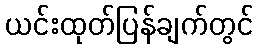
ယင်းထုတ်ပြန်ချက်တွင်